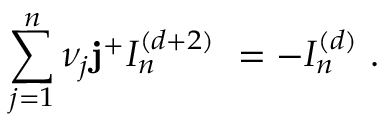
\sum _ { j = 1 } ^ { n } \nu _ { j } { \bf j ^ { + } } I _ { n } ^ { ( d + 2 ) } ~ = - I _ { n } ^ { ( d ) } ~ .